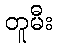
တူမီး